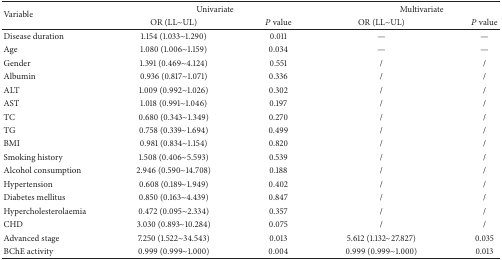
| <ROWSPAN=2> Variable | <COLSPAN=2> Univariate | <COLSPAN=2> Multivariate |
 | OR (LL~UL) | P value | OR (LL~UL) | P value |
 | --- | --- | --- | --- | --- |
 | Disease duration | 1.154 (1.033~1.290) | 0.011 | — | — |
 | Age | 1.080 (1.006~1.159) | 0.034 | — | — |
 | Gender | 1.391 (0.469~4.124) | 0.551 | / | / |
 | Albumin | 0.936 (0.817~1.071) | 0.336 | / | / |
 | ALT | 1.009 (0.992~1.026) | 0.302 | / | / |
 | AST | 1.018 (0.991~1.046) | 0.197 | / | / |
 | TC | 0.680 (0.343~1.349) | 0.270 | / | / |
 | TG | 0.758 (0.339~1.694) | 0.499 | / | / |
 | BMI | 0.981 (0.834~1.154) | 0.820 | / | / |
 | Smoking history | 1.508 (0.406~5.593) | 0.539 | / | / |
 | Alcohol consumption | 2.946 (0.590~14.708) | 0.188 | / | / |
 | Hypertension | 0.608 (0.189~1.949) | 0.402 | / | / |
 | Diabetes mellitus | 0.850 (0.163~4.439) | 0.847 | / | / |
 | Hypercholesterolaemia | 0.472 (0.095~2.334) | 0.357 | / | / |
 | CHD | 3.030 (0.893~10.284) | 0.075 | / | / |
 | Advanced stage | 7.250 (1.522~34.543) | 0.013 | 5.612 (1.132~27.827) | 0.035 |
 | BChE activity | 0.999 (0.999~1.000) | 0.004 | 0.999 (0.999~1.000) | 0.013 |